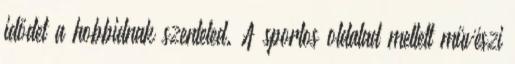
idődet a hobbidnak szenteled. A sportos oldalad mellett művészi